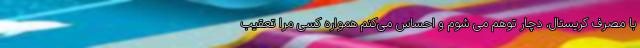
با مصرف کریستال، دچار توهم می شوم و احساس می‌کنم همواره کسی مرا تعقیب